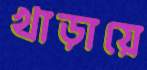
খাড়ায়ে